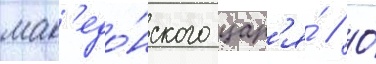
мак'едо́нского цар'я́ // О́